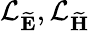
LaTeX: {\cal L}_{\widetilde{\mathbf E}},{\cal L}_{\widetilde{\mathbf H}}